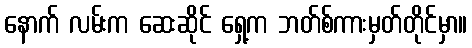
နောက် လမ်းက ဆေးဆိုင် ရှေ့က ဘတ်စ်ကားမှတ်တိုင်မှာ။